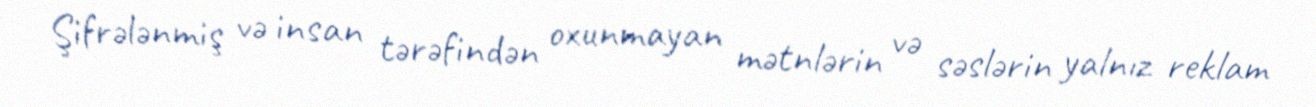
Şifrələnmiş və insan tərəfindən oxunmayan mətnlərin və səslərin yalnız reklam